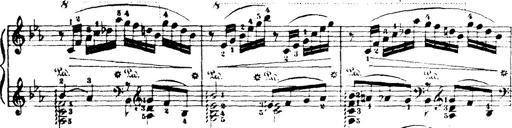
Title: Wagner-Liszt Album
Composer: Franz Liszt